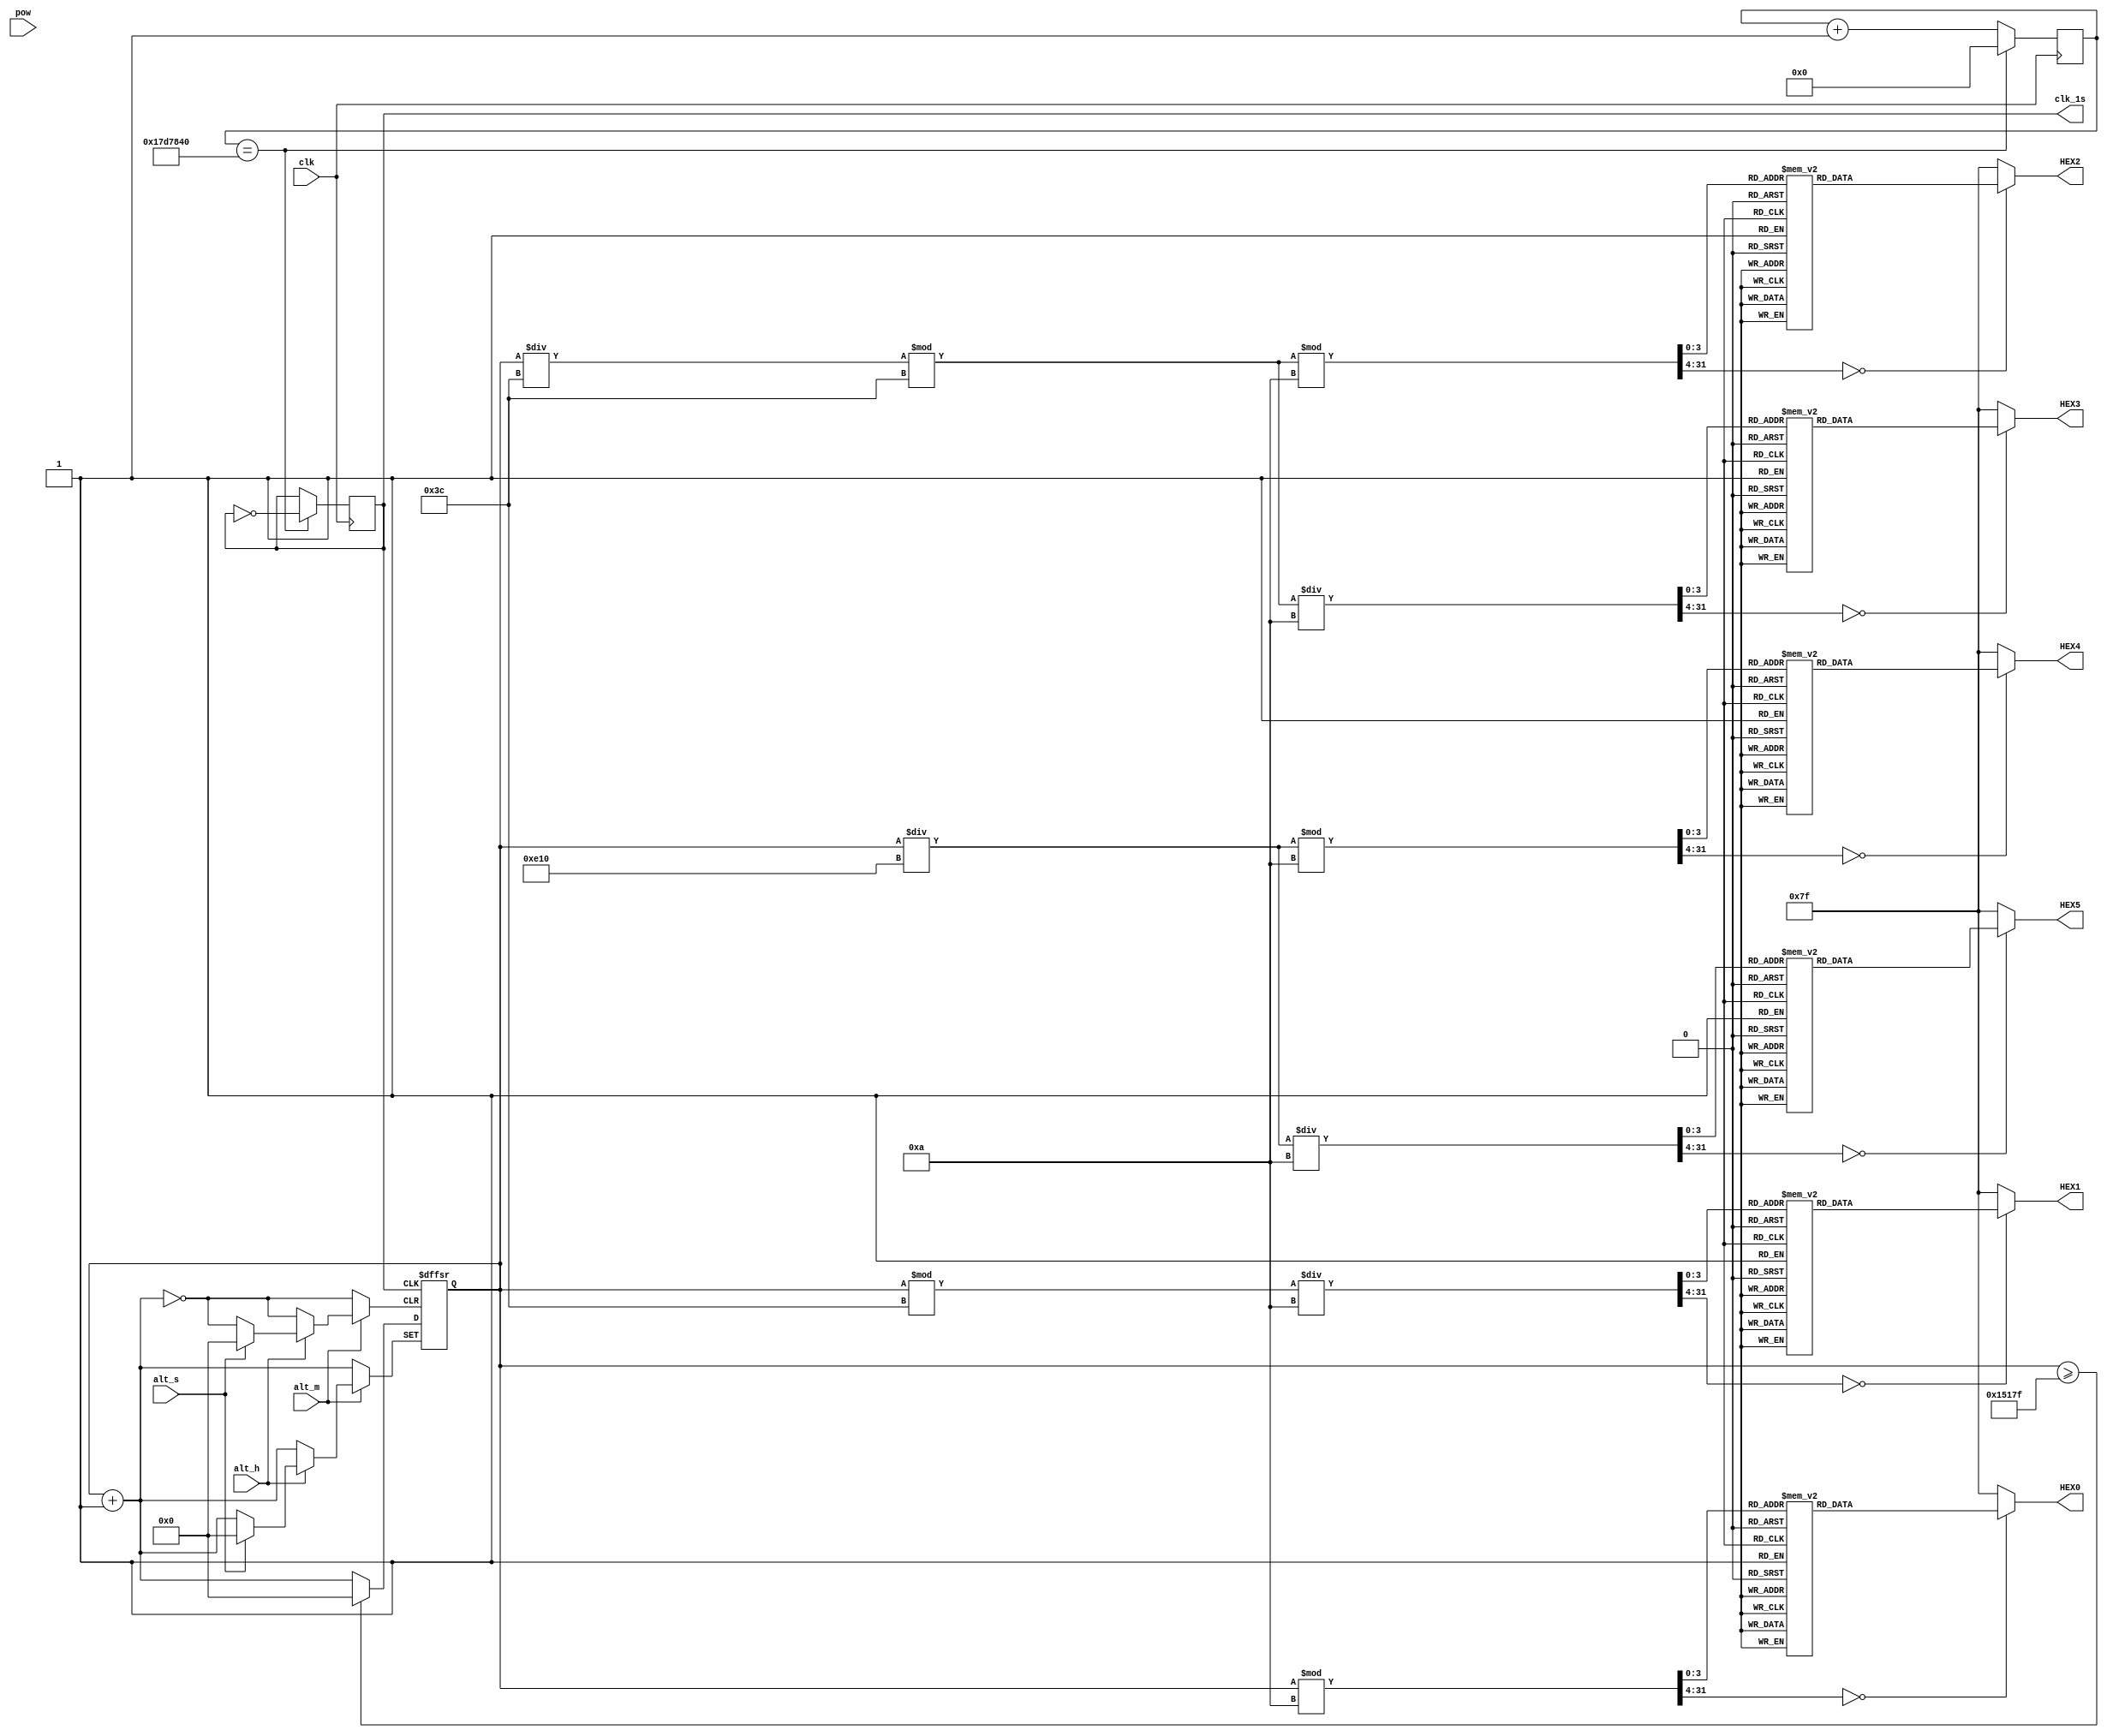
module Clock(pow,clk,alt_s,alt_m,alt_h,clk_1s,HEX0,HEX1,HEX2,HEX3,HEX4,HEX5);
	input pow,clk;
	input alt_s,alt_m,alt_h;
	output reg clk_1s;
	output  reg [6:0] HEX0,HEX1,HEX2,HEX3,HEX4,HEX5;
	reg [16:0] count;
	reg [24:0] count_clk;
	initial begin
	count_clk=0;
	count=85680;
	clk_1s=0;
	end	
	
	always @(posedge clk)
	begin
		if(count_clk==25000000)
		begin
			clk_1s<=~clk_1s;
			count_clk<=0;
		end
		else
			count_clk<=count_clk+1;
	end
	
	always @(posedge clk_1s , negedge alt_h , negedge alt_m , negedge alt_s)
	begin
		if(!alt_s)
			count<=count+1;
		else if(!alt_m)
			count<=count+1;
		else if(!alt_h)
			count<=count+1;
		else if(count>=86399)
		begin
			count<=0;
		end
		else
		begin
			count<=count+1;	
		end
	end
	
	always @(count)
	begin
		case (count%10)
			0: HEX0=7'b1000000;
			1: HEX0=7'b1111001;
			2: HEX0=7'b0100100;
			3: HEX0=7'b0110000;
			4: HEX0=7'b0011001;
			5: HEX0=7'b0010010;
			6: HEX0=7'b0000010;
			7: HEX0=7'b1111000;
			8: HEX0=7'b0000000;
			9: HEX0=7'b0010000;
			default: HEX0=7'b1111111;
		endcase
		case ((count%60)/10)
			0: HEX1=7'b1000000;
			1: HEX1=7'b1111001;
			2: HEX1=7'b0100100;
			3: HEX1=7'b0110000;
			4: HEX1=7'b0011001;
			5: HEX1=7'b0010010;
			6: HEX1=7'b0000010;
			7: HEX1=7'b1111000;
			8: HEX1=7'b0000000;
			9: HEX1=7'b0010000;
			default: HEX1=7'b1111111;
		endcase		
		case ((count/60%60)%10)
			0: HEX2=7'b1000000;
			1: HEX2=7'b1111001;
			2: HEX2=7'b0100100;
			3: HEX2=7'b0110000;
			4: HEX2=7'b0011001;
			5: HEX2=7'b0010010;
			6: HEX2=7'b0000010;
			7: HEX2=7'b1111000;
			8: HEX2=7'b0000000;
			9: HEX2=7'b0010000;
			default: HEX2=7'b1111111;
		endcase	
		case ((count/60%60)/10)
			0: HEX3=7'b1000000;
			1: HEX3=7'b1111001;
			2: HEX3=7'b0100100;
			3: HEX3=7'b0110000;
			4: HEX3=7'b0011001;
			5: HEX3=7'b0010010;
			6: HEX3=7'b0000010;
			7: HEX3=7'b1111000;
			8: HEX3=7'b0000000;
			9: HEX3=7'b0010000;
			default: HEX3=7'b1111111;
		endcase		
		case ((count/3600)%10)
			0: HEX4=7'b1000000;
			1: HEX4=7'b1111001;
			2: HEX4=7'b0100100;
			3: HEX4=7'b0110000;
			4: HEX4=7'b0011001;
			5: HEX4=7'b0010010;
			6: HEX4=7'b0000010;
			7: HEX4=7'b1111000;
			8: HEX4=7'b0000000;
			9: HEX4=7'b0010000;
			default: HEX4=7'b1111111;
		endcase		
		case ((count/3600)/10)
			0: HEX5=7'b1000000;
			1: HEX5=7'b1111001;
			2: HEX5=7'b0100100;
			3: HEX5=7'b0110000;
			4: HEX5=7'b0011001;
			5: HEX5=7'b0010010;
			6: HEX5=7'b0000010;
			7: HEX5=7'b1111000;
			8: HEX5=7'b0000000;
			9: HEX5=7'b0010000;
			default: HEX5=7'b1111111;
		endcase			
	end
	
endmodule